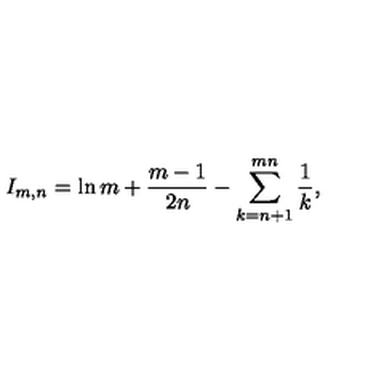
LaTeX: I _ { m , n } = \ln m + \frac { m - 1 } { 2 n } - \sum _ { k = n + 1 } ^ { m n } \frac { 1 } { k } ,